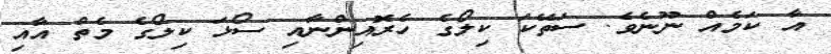
އާ ކަމެއް ނޫނެވެ. ސަތޭކަ ކިލޯގެ ހެރޮއިންނާއި ސޯޅަ ކިލޯގެ މެތް އާއި